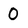
Character: O